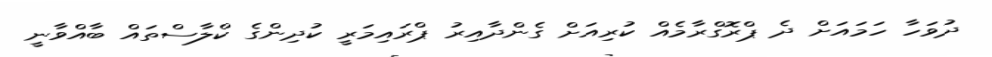
ދުވަހާ ހަމައަށް ދެ ޕްރޮގްރާމެއް ކުރިއަށް ގެންދާއިރު ޕްރައިމަރީ ކުދިންގެ ކްލާސްތައް ބާއްވާނީ